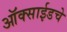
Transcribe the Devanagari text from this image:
ऑक्साईडचे